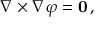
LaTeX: \nabla \times \nabla \varphi = \mathbf { 0 } \, ,